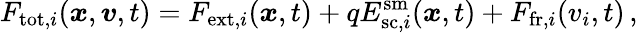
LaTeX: F_{\mathrm{tot},i}(\boldsymbol{x},\boldsymbol{v},t)=F_{\mathrm{ext},i}(\boldsymbol{x},t)+qE_{\mathrm{sc},i}^{\mathrm{sm}}(\boldsymbol{x},t)+F_{\mathrm{fr},i}(v_{i},t)\, ,